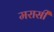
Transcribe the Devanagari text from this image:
मरासी